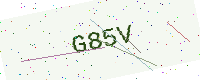
Text: G85V